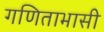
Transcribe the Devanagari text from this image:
गणिताभासी